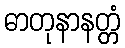
ဓာတုနာနတ္တံ